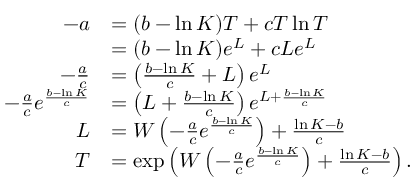
{ \begin{array} { r l } { - a } & { = ( b - \ln K ) T + c T \ln T } \\ & { = ( b - \ln K ) e ^ { L } + c L e ^ { L } } \\ { - { \frac { a } { c } } } & { = \left( { \frac { b - \ln K } { c } } + L \right) e ^ { L } } \\ { - { \frac { a } { c } } e ^ { \frac { b - \ln K } { c } } } & { = \left( L + { \frac { b - \ln K } { c } } \right) e ^ { L + { \frac { b - \ln K } { c } } } } \\ { L } & { = W \left( - { \frac { a } { c } } e ^ { \frac { b - \ln K } { c } } \right) + { \frac { \ln K - b } { c } } } \\ { T } & { = \exp \left( W \left( - { \frac { a } { c } } e ^ { \frac { b - \ln K } { c } } \right) + { \frac { \ln K - b } { c } } \right) . } \end{array} }